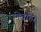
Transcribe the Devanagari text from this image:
निर्वाह।